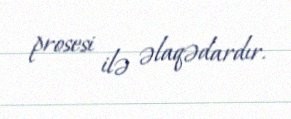
prosesi ilə əlaqədardır.